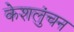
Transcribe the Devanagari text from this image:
केशलुंचन